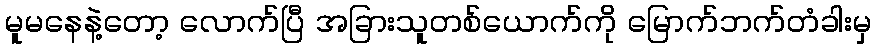
မူမနေနဲ့တော့ လောက်ပြီ အခြားသူတစ်ယောက်ကို မြောက်ဘက်တံခါးမှ